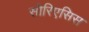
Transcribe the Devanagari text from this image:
सोरिएसिस